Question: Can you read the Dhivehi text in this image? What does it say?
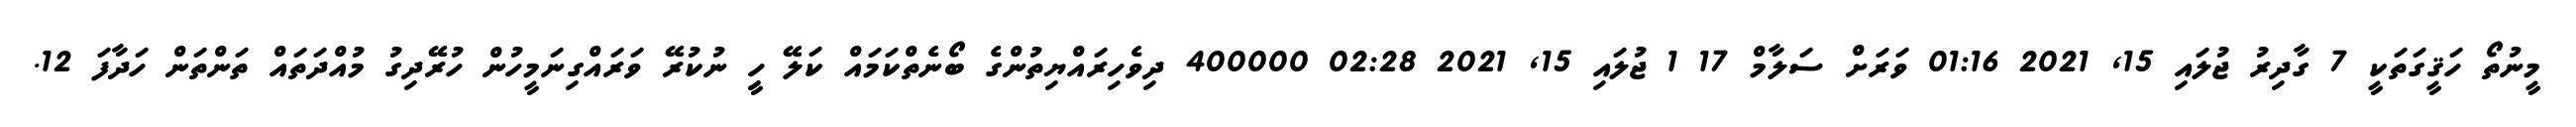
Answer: މީނުތޯ ހަޤީގަތަކީ 7 ގާދިރު ޖުލައި 15, 2021 01:16 ވަރަށް ސަލާމް 17 1 ޖުލައި 15, 2021 02:28 400000 ދިވެހިރައްޔިތުންގެ ބޯނެތްކަމައް ކަލޭ ހިީ ނުކުރޭ ވަރައްގިނަމީހުން ހުރޭދިގު މުއްދަތައް ތަންތަން ހަދާފަ 12.